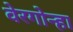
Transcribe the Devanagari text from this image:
वेरगोन्हा